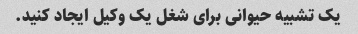
یک تشبیه حیوانی برای شغل یک وکیل ایجاد کنید.